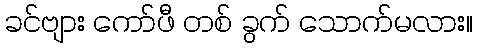
ခင်ဗျား ကော်ဖီ တစ် ခွက် သောက်မလား။